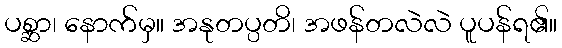
ပစ္ဆာ၊ နောက်မှ။ အနုတပ္ပတိ၊ အဖန်တလဲလဲ ပူပန်ရ၏။